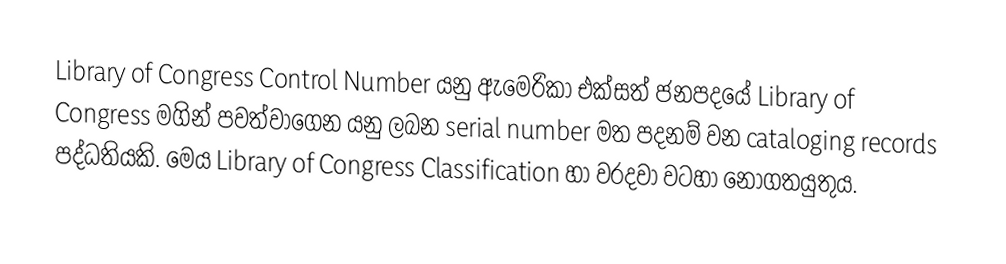
Library of Congress Control Number යනු ඇමෙරිකා එක්සත් ජනපදයේ Library of Congress මගින් පවත්වාගෙන යනු ලබන serial number මත පදනම් වන cataloging records පද්ධතියකි. මෙය Library of Congress Classification හා වරදවා වටහා නොගතයුතුය.